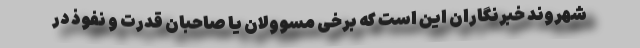
شهروند خبرنگاران این است که برخی مسوولان یا صاحبان قدرت و نفوذ در